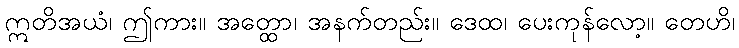
ဣတိအယံ၊ ဤကား။ အတ္ထော၊ အနက်တည်း။ ဒေထ၊ ပေးကုန်လော့။ တေဟိ၊